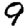
Digit: 9